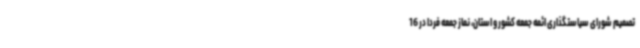
تصمیم شورای سیاستگذاری ائمه جمعه کشور و استان، نماز جمعه فردا در 16